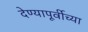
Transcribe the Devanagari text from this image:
देण्यापूर्वीच्या